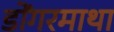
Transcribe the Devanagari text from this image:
डोंगरमाथा